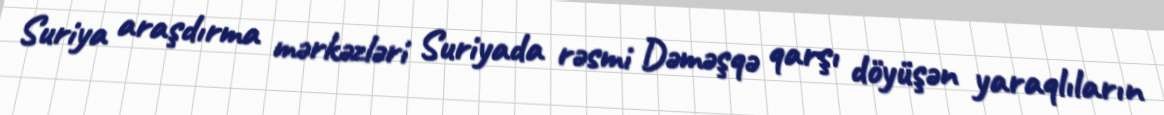
Suriya araşdırma mərkəzləri Suriyada rəsmi Dəməşqə qarşı döyüşən yaraqlıların